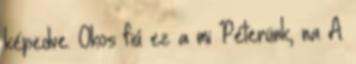
képedve. Okos fiú ez a mi Péterünk, na A